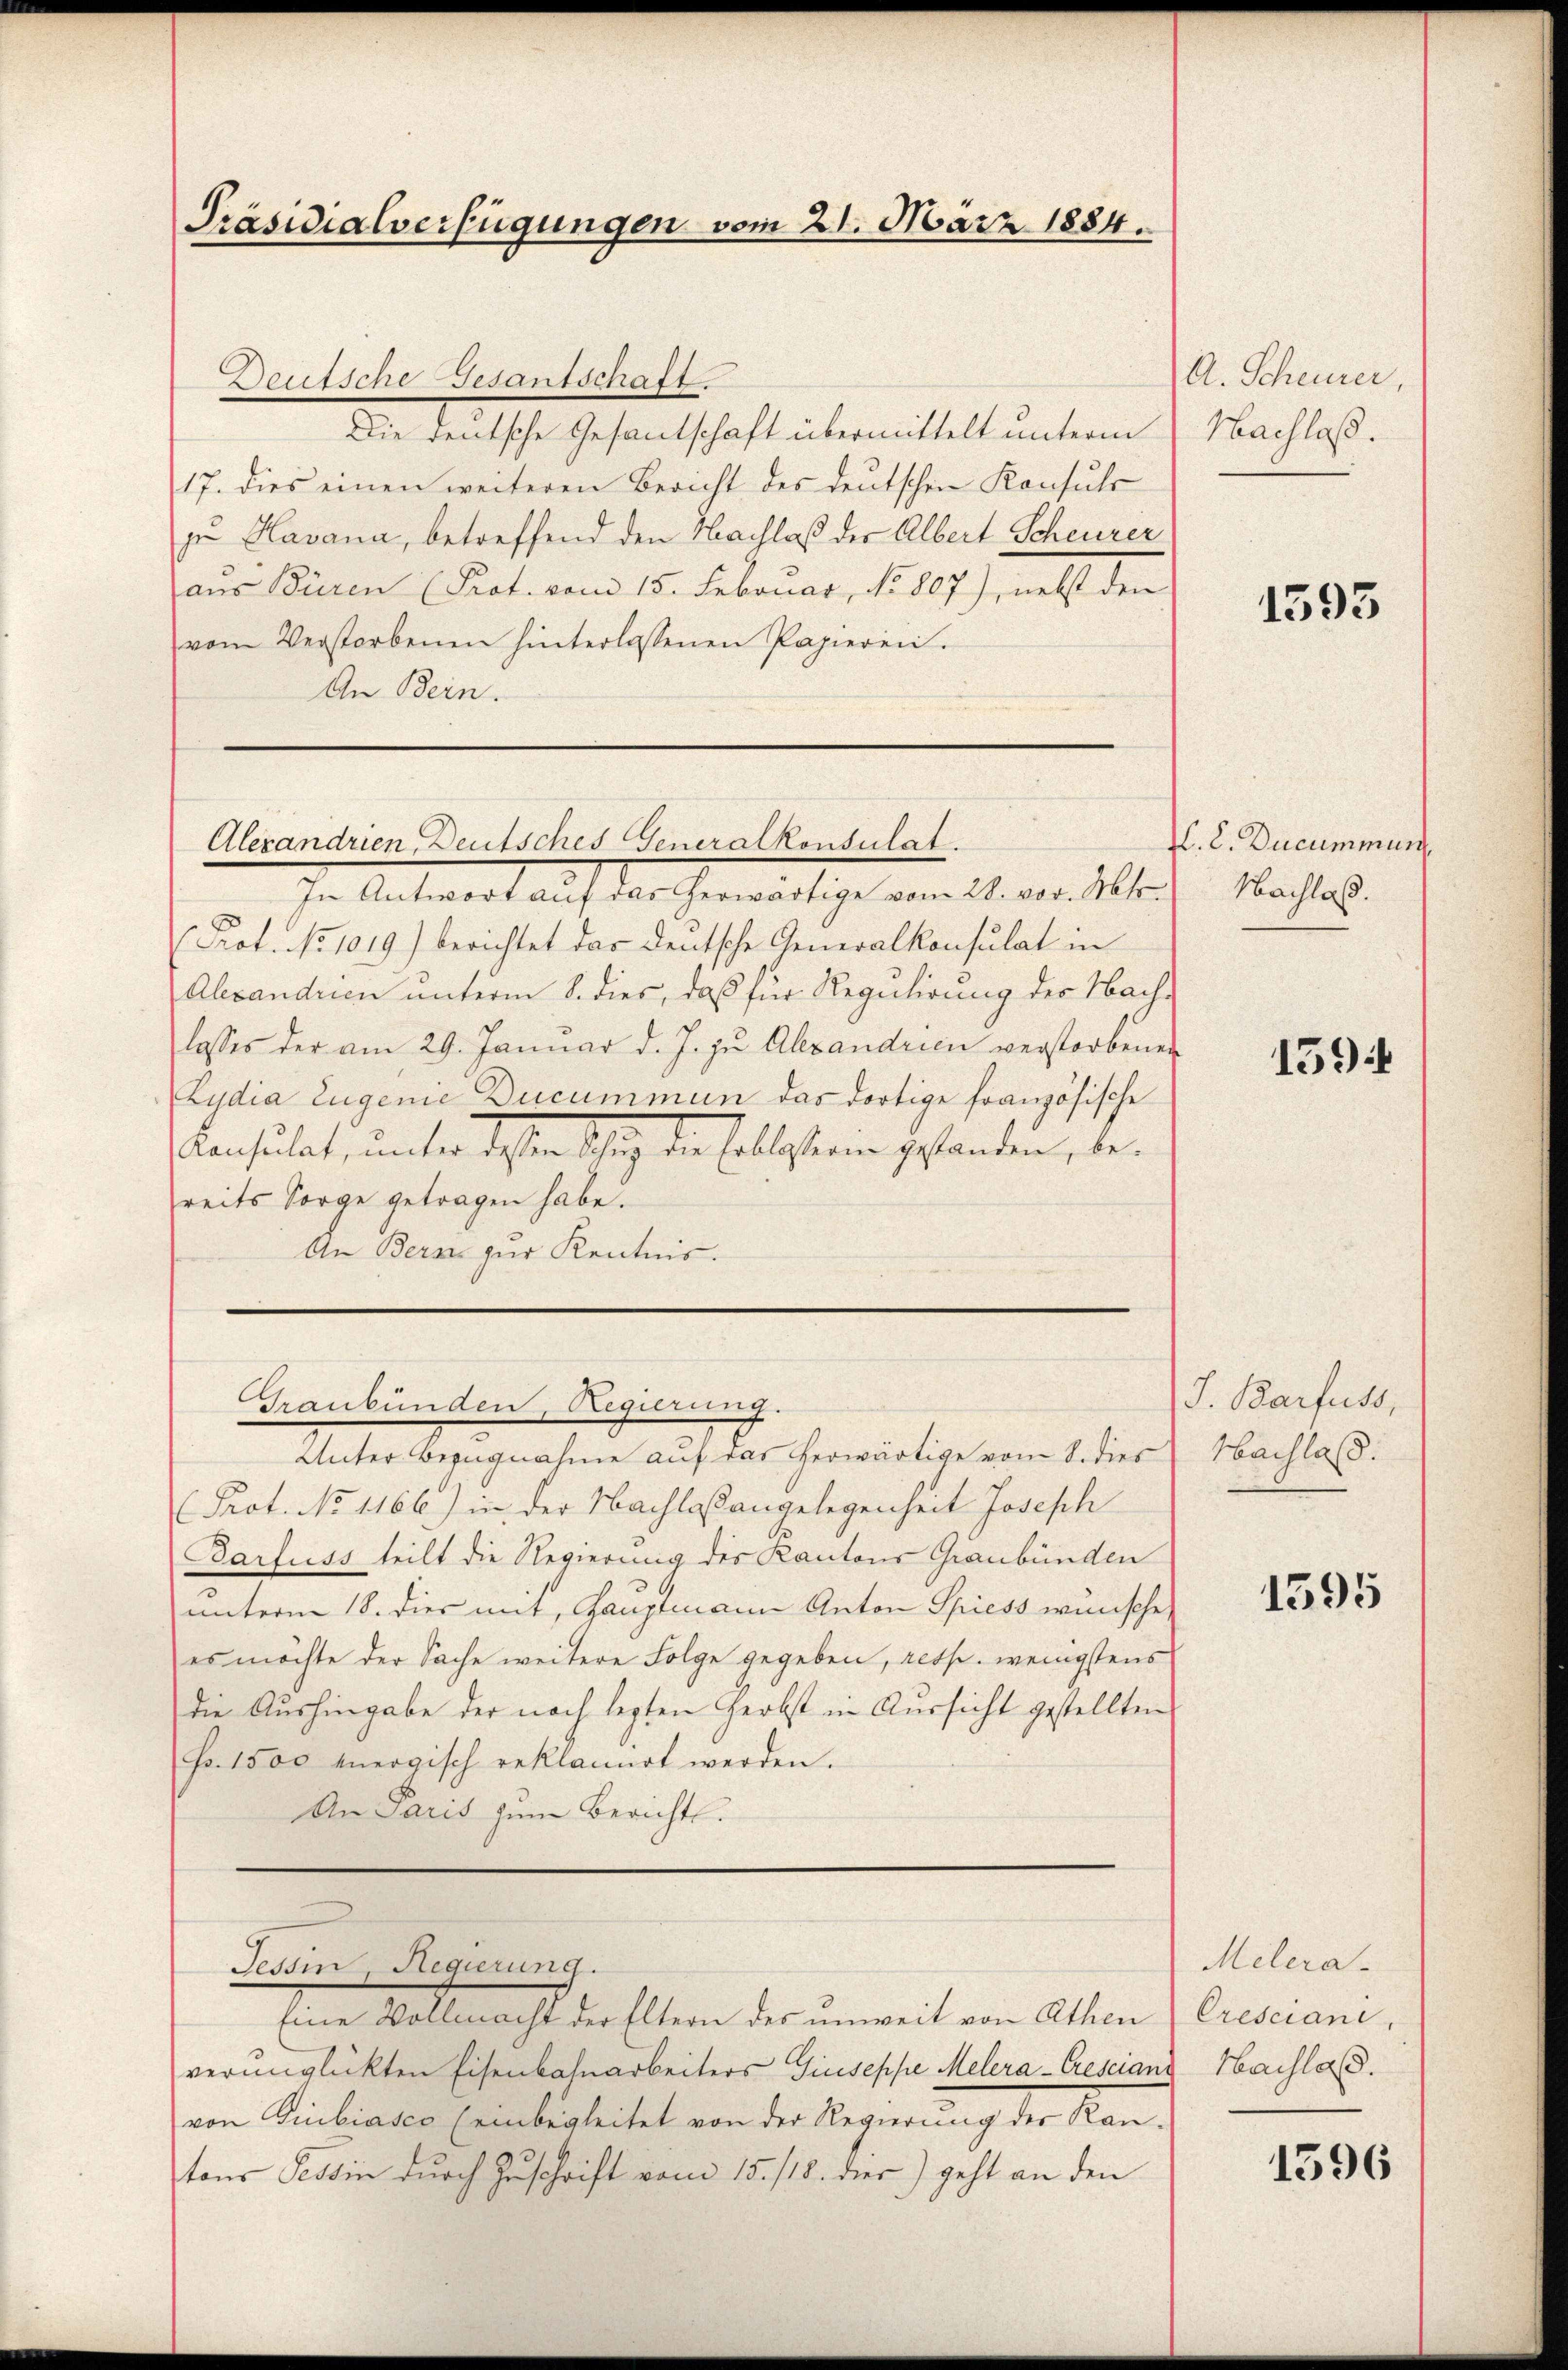
Präsidialverfügungen vom 21. März 1884.

Deutsche Gesantschaft.
Die deutsche Gesantschaft übermittelt unterm
17. dies einen weiteren Bericht des deutschen Konsuls
zu Havana, betreffend den Nachlaß der Albert Scheurer
aus Büren (Prot. vom 15. Februar, No 807), nebst den
vom Verstorbenen hinterlassenen Papieren.
An Bern.

Alerandrien, Deutsches Generalkonsulat
In Antwort auf das herwärtige vom 28. vor. Mts.

Prot. No 1019.) berichtet das deutsche Generalkonsulat in
Alexandren unterm 8. dies, daß für Regulirung der Nach-
lasses der am 29. Januar d. J. zu Alexandrien verstorbenen
Lydia Eugenie Ducummun das dortige französische
ensälet, unter Sohne schig der sollsteren gestanden, bereits Sorge getragen habe.
An Bern zur Kentnis.

Prot. No 1166) in der Nachlaßangelegenheit Joseph
Barfuss teilt die Regierung des Kantons Graubünden
unterm 18. dies mit, Gauptmann Anton Spiess wünsche
es möchte der Sache weitere Folge gegeben, resp. wenigstens
die Aushingabe der nach legten Herbst in Aussicht gestellten
Fr. 1500 vergisch reklamirt werden.
An Paris zum Berichts.

Graubünden, Regierung.
Unter Bezugnahme auf das herwärtige vom 8. dies

Tessin, Regierung.

Eine Vollmacht der Eltern des unweit von Athen
verunglückten Eisenbahnarbeiters Giuseppe Melera-Crescianz Hachlas.
von Giubiasco (einbegleitet von der Regierung der Kantons Tessin durch Zuschrift vom 15./18. dies) geht an den

A. Scheurer,
Nachlaß.

1593

V. L. Ducummun
Nachlaß.

1594

J. Barfuss,
Nachlaß.

1595

Melera.
Oresciant.

1596